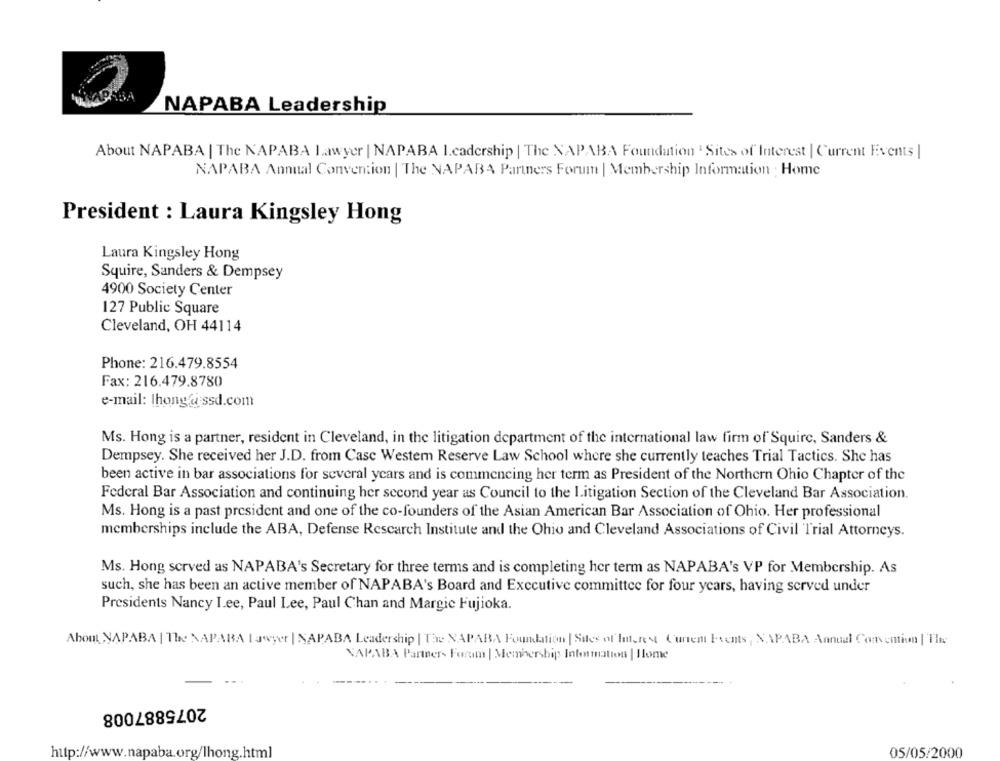
NAPABA Leadership
About NAPABA | The NAPABA Lawyer | NAPABA I.cadership | The NAPABA Foundation ' Sites of Interest | Current Events |
NAPABA Annual Convention | The NAPARA Partners Forum | Membership Information . Home
President : Laura Kingsley Hong
Laura Kingsley Hong
Squire, Sanders & Dempsey
4900 Society Center
127 Public Square
Cleveland, OH 44114
Phone: 216.479.8554
Fax: 216.479.8780
e-mail: |hong.@ ssd.com
Ms. Hong is a partner, resident in Cleveland, in the litigation department of the international law firm of Squire, Sanders &
Dempsey. She received her J.D. from Case Western Reserve Law School where she currently teaches Trial Tactics. She has
been active in bar associations for several years and is commencing her term as President of the Northern Ohio Chapter of the
Federal Bar Association and continuing her second year as Council to the Litigation Section of the Cleveland Bar Association.
Ms. Hong is a past president and one of the co-founders of the Asian American Bar Association of Ohio. Her professional
memberships include the ABA, Defense Research Institute and the Ohio and Cleveland Associations of Civil Trial Attorneys.
Ms. Hong served as NAPABA's Secretary for three terms and is completing her term as NAPABA's VP for Membership. As
such, she has been an active member of NAPABA's Board and Executive committee for four years, having served under
Presidents Nancy I.ee, Paul Lee, Paul Chan and Margic Fujioka.
About NAPABA | The NAPARA Lawyer | NAPABA Leadership | The NAPABA Foundation | Sales of Interest Current Events, NAPABA Annual Convention | The
NAPABA Partner- Forum | Membership Information | Home
2075887008
05/05/2000
http://www.napaba.org/lhong.html